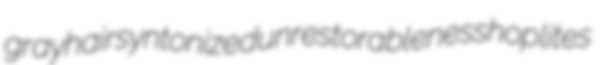
grayhair syntonized unrestorableness hoplites